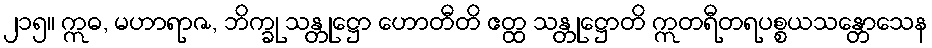
၂၁၅။ ဣဓ, မဟာရာဇ, ဘိက္ခု သန္တုဋ္ဌော ဟောတီတိ ဧတ္ထ သန္တုဋ္ဌောတိ ဣတရီတရပစ္စယသန္တောသေန